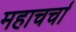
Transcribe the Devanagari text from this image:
महाचर्चा